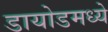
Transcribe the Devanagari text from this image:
डायोडमध्ये